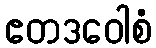
ဧတဒဝေါစံ